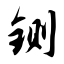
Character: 铡